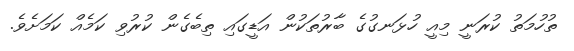
ތުހުމަތު ކުރަނީ މިއީ ހުޅަނގުގެ ބާރުތަކުން އަޑީގައި ތިބެގެން ކުރުވި ކަމެއް ކަމަށެވެ.